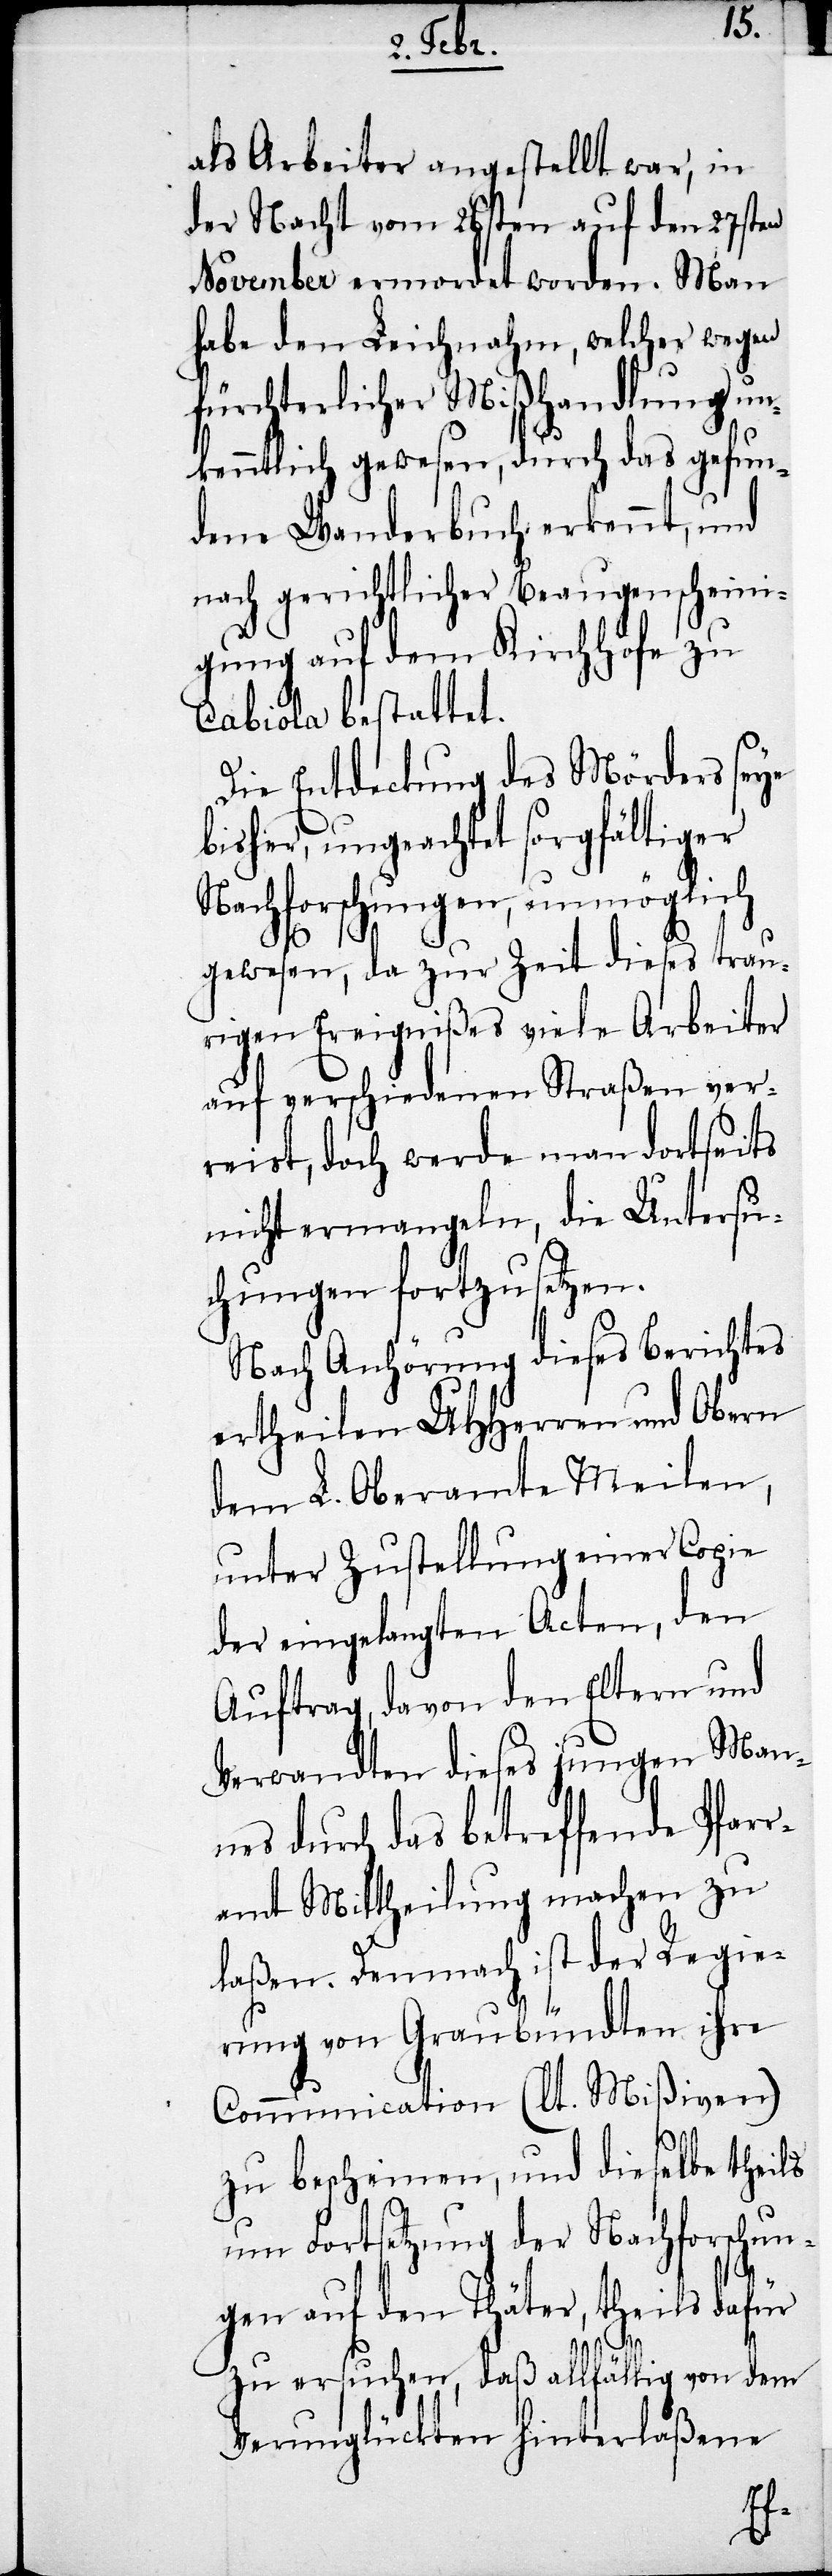
als Arbeiter angestellt war, in
der Nacht vom 26sten auf den 27sten
November ermordet worden. Man
habe den Leichnahm, welcher wegen
fürchterlicher Mißhandlung un¬
kenntlich gewesen, durch das gefun¬
dene Wanderbuch erkennt, und
nach gerichtlicher Beaugenscheini¬
gung auf dem Kirchhofe zu
Cabiola bestattet.
Die Entdeckung des Mörders seye
bisher, ungeachtet sorgfältiger
Nachforschungen, unmöglich
gewesen, da zur Zeit dieses trau¬
rigen Ereignißes viele Arbeiter
auf verschiedenen Straßen ver¬
reist, doch werde man dortseits
nicht ermangeln, die Untersu¬
chungen fortzusetzen.
Nach Anhörung dieses Berichtes
ertheilen UHHerren und Obern
dem L. Oberamte Meilen,
unter Zustellung einer Copie
der eingelangten Acten, den
Auftrag, davon den Eltern und
Verwandten dieses jungen Man¬
nes durch das betreffende Pfarr¬
amt Mittheilung machen zu
laßen. Demnach ist der Regie¬
rung von Graubündten ihre
Communication (lt. Mißiven)
zu bescheinen, und dieselbe theils
um Fortsetzung der Nachforschun¬
gen auf den Thäter, theils dafür
zu ersuchen, daß allfällig von dem
Verunglückten hinterlaßene